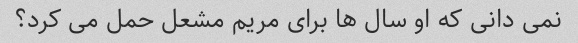
نمی دانی که او سال ها برای مریم مشعل حمل می کرد؟